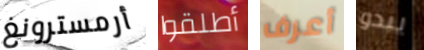
أرمسترونغ أطلقوا أعرف يبدو